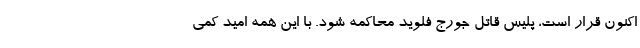
اکنون قرار است، پلیس قاتل جورج فلوید محاکمه شود. با این همه امید کمی